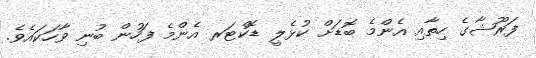
ފަރޫޝާގެ ހިތާއި އެންމެ ބޮޑަށް ކުޅެލީ ޑޮކްޓަރ އެންމެ ފަހުން ބުނި ވާހަކައެވެ.